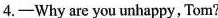
4.—Why are you unhappy, Tom?